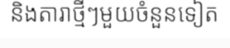
និងតារាថ្មីៗមួយចំនួនទៀត